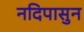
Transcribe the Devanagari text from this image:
नदिपासुन